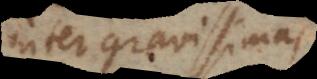
inter gravissimas